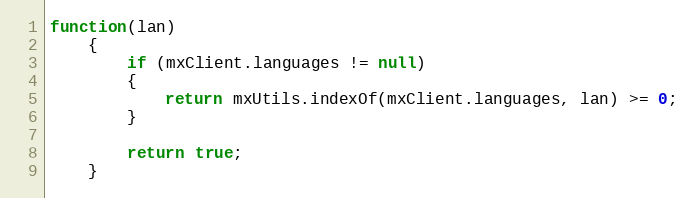
Language: JavaScript
function(lan)
	{
		if (mxClient.languages != null)
		{
			return mxUtils.indexOf(mxClient.languages, lan) >= 0;
		}

		return true;
	}